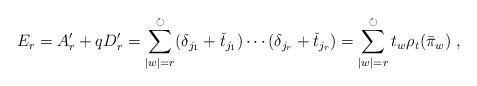
LaTeX: \begin{align*}E_{r}=A_{r}^{\prime }+qD_{r}^{\prime }=\sum_{|w|=r}^{\circlearrowright}(\delta _{j_{1}}+\check{t}_{j_{1}})\cdots (\delta _{j_{r}}+\check{t}_{j_{r}})=\sum_{|w|=r}^{\circlearrowright }t_{w}\rho _{t}(\bar{\pi}_{w})~,\end{align*}